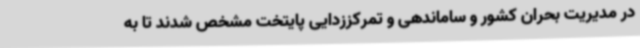
در مدیریت بحران کشور و ساماندهی و تمرکززدایی پایتخت مشخص شدند تا به